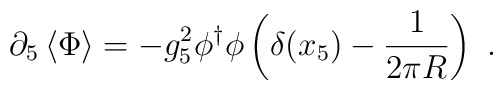
\partial_5\left\langle{\Phi}\right\rangle = - g_5^2 \phi^\dagger\phi \left( \delta(x_5) - {1\over 2\pi R}\right) \ .